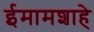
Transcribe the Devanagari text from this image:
ईमामशाहे